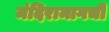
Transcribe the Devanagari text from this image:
मंदिरामागची